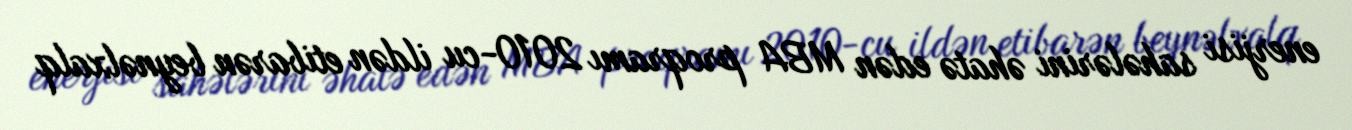
enerjisi sahələrini əhatə edən MBA proqramı 2010-cu ildən etibarən beynəlxalq